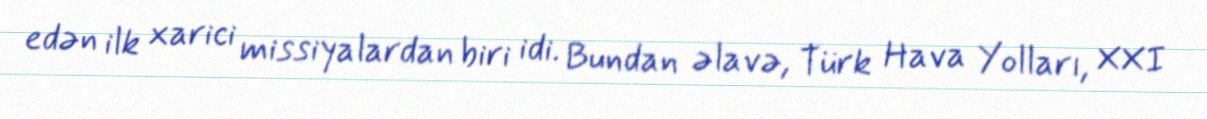
edən ilk xarici missiyalardan biri idi. Bundan əlavə, Türk Hava Yolları, XXI